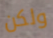
ولكن